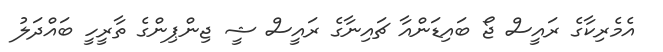
އެމެރިކާގެ ރައީސް ޖޯ ބައިޑަންއާ ޗައިނާގެ ރައީސް ޝީ ޖިންޕިންގެ ތާރީހީ ބައްދަލު